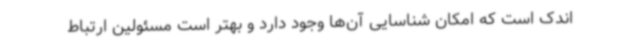
اندک است که امکان شناسایی آن‌ها وجود دارد و بهتر است مسئولین ارتباط